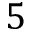
5